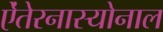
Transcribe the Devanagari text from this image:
ऐंतेरनास्योनाल